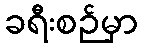
ခရီးစဉ်မှာ